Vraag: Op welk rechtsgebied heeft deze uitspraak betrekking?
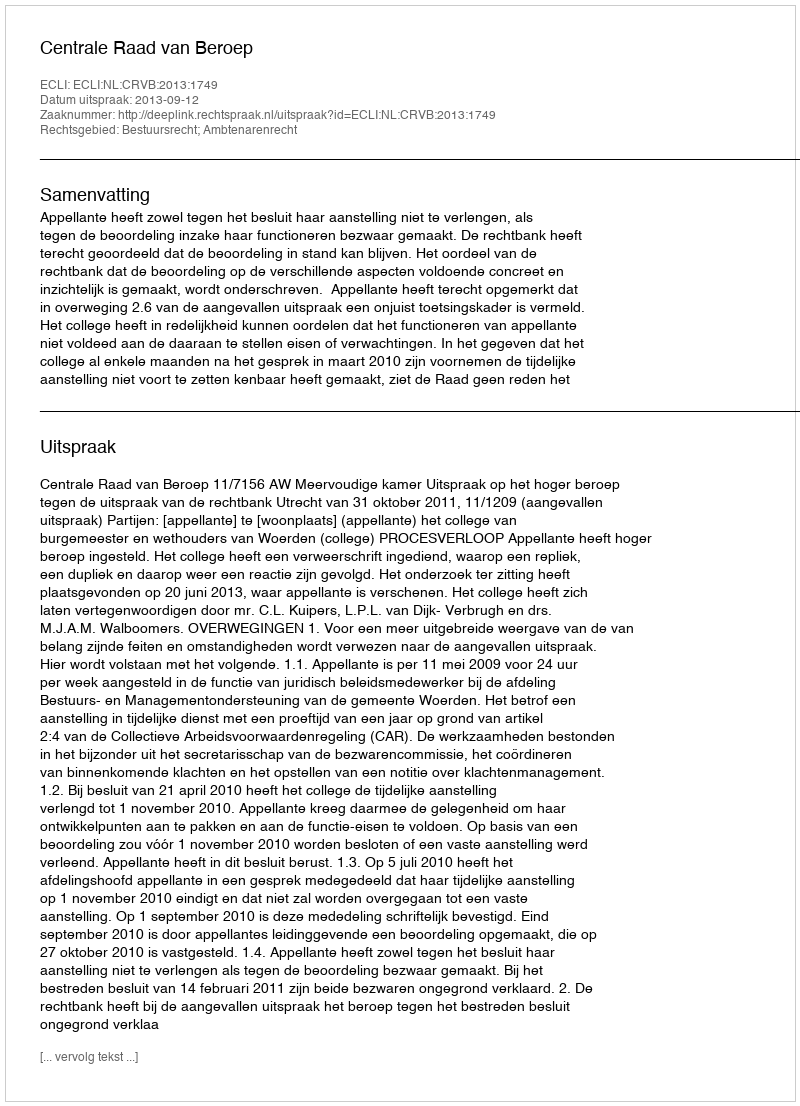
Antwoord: Bestuursrecht; Ambtenarenrecht